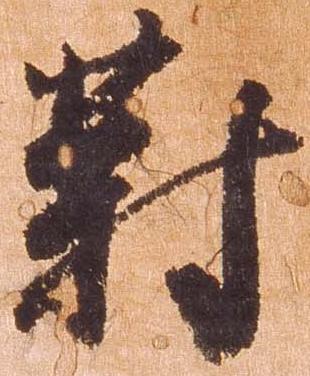
対